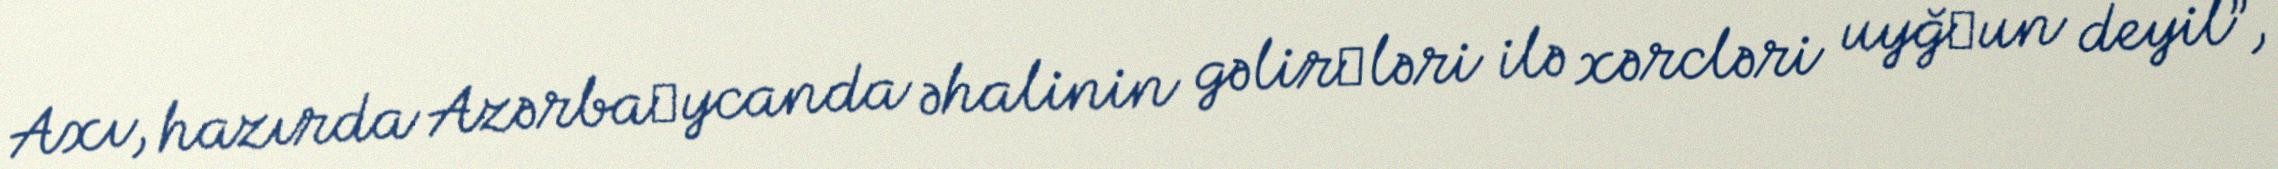
Axı, hazırda Azərba­ycanda əhalinin gəlir­ləri ilə xərcləri uyğ­un deyil”,